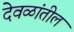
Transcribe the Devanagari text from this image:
देवळांतील